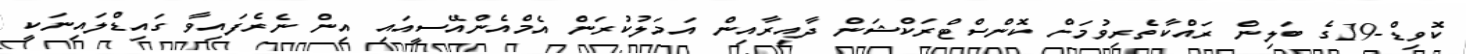
ކޮވިޑް-19ގެ ބަލިން ރައްކާތެރިވުމަށް ކޮންސްޓްރަކްޝަން ދާއިރާއިން އަމަލުކުރަން އެމްއެންއޭސީއައި އިން ނެރެފައިވާ ގައިޑްލައިނަކީ